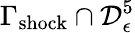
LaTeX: \Gamma_{\mathrm{shock}}\cap\mathcal{D}_{\epsilon}^{5}